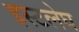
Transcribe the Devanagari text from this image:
इस्टलेघ